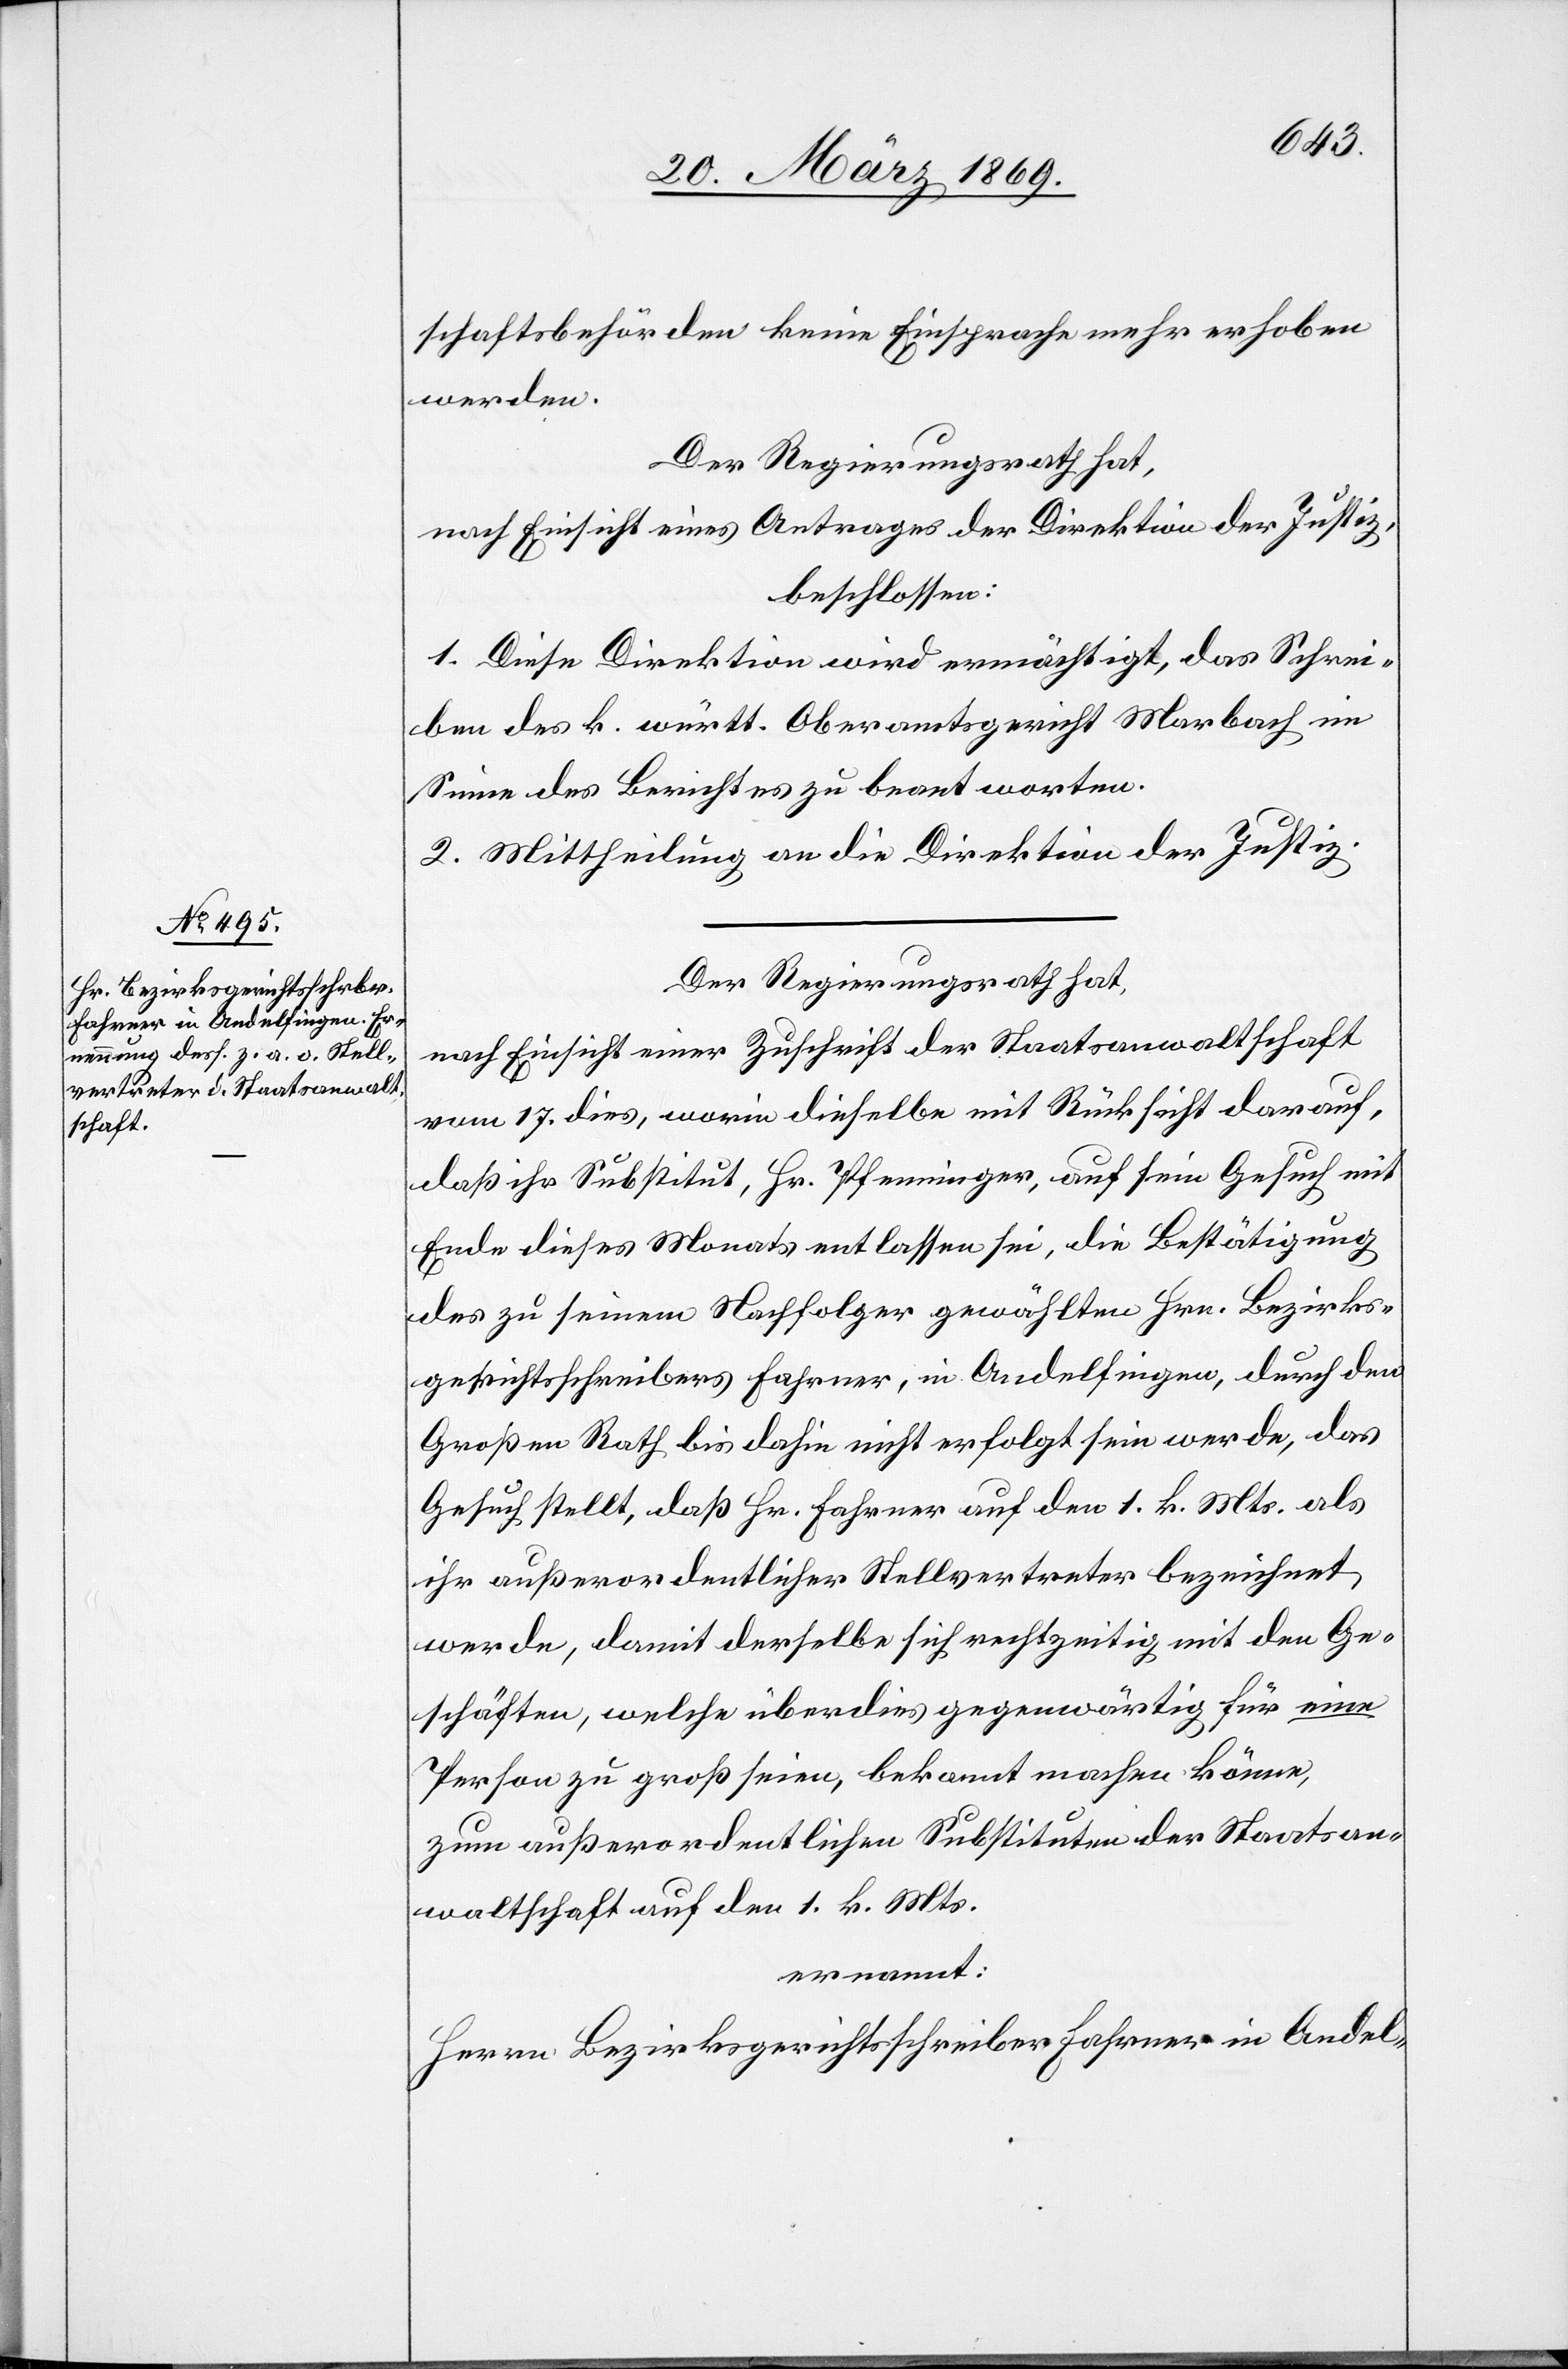
schaftsbehörden keine Einsprache mehr erhoben
werden.
Der Regierungsrath hat,
nach Einsicht eines Antrages der Direktion der Justiz,
beschlossen:
1. Diese Direktion wird ermächtigt, das Schrei¬
ben des k. württ. Oberamtsgericht Marbach im
Sinne des Berichtes zu beantworten.
2. Mittheilung an die Direktion der Justiz.
Der Regierungsrath hat,
nach Einsicht einer Zuschrift der Staatsanwaltschaft
vom 17. dies, worin dieselbe mit Rücksicht darauf,
daß ihr Substitut, Hr. Pfenninger, auf sein Gesuch mit
Ende dieses Monats entlassen sei, die Bestätigung
des zu seinem Nachfolger gewählten Hrn. Bezirks¬
gerichtsschreibers Fahrner, in Andelfingen, durch den
Großen Rath bis dahin nicht erfolgt sein werde, das
Gesuch stellt, daß Hr. Fahrner auf den 1. k. Mts. als
ihr außerordentlicher Stellvertreter bezeichnet
werde, damit derselbe sich rechtzeitig mit den Ge¬
schäften, welche überdies gegenwärtig für eine
Person zu groß seien, bekannt machen könne,
zum außerordentlichen Substituten der Staatsan¬
waltschaft auf den 1. k. Mts.
ernannt:
Herrn Bezirksgerichtsschreiber Fahrner in Andel-